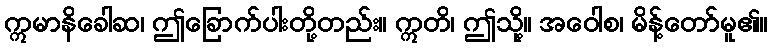
ဣမာနိခေါဆ၊ ဤခြောက်ပါးတို့တည်း။ ဣတိ၊ ဤသို့။ အဝေါစ၊ မိန့်တော်မူ၏။